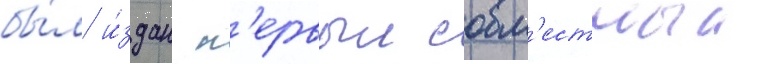
бы́л и́здан п'ервыи совм'естныи